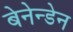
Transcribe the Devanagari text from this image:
बेनेन्डेन